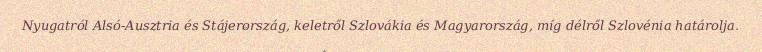
Nyugatról Alsó-Ausztria és Stájerország, keletről Szlovákia és Magyarország, míg délről Szlovénia határolja.